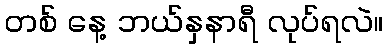
တစ် နေ့ ဘယ်နှနာရီ လုပ်ရလဲ။